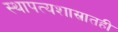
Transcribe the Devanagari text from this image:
स्थापत्यशास्रातही